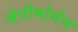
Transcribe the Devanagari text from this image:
जेपीमोर्गन